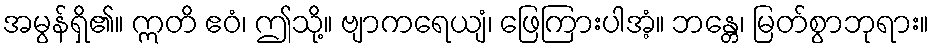
အမွန်ရှိ၏။ ဣတိ ဧဝံ၊ ဤသို့။ ဗျာကရေယျံ၊ ဖြေကြားပါအံ့။ ဘန္တေ၊ မြတ်စွာဘုရား။